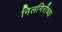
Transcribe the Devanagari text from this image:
निलगिरीच्‍या